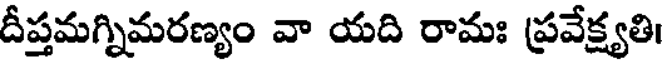
దీప్తమగ్నిమరణ్యం వా యది రామః ప్రవేక్ష్యతి।